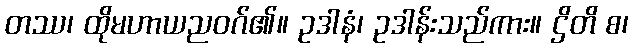
တဿ၊ ထိုမဟာယညဝဂ်၏။ ဥဒါနံ၊ ဥဒါန်းသည်ကား။ ဌိတိ စ၊